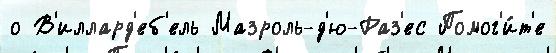
о В'иллард'еб'ель Мазроль-д'ю-Раз'ес Помог'и́т'е